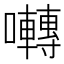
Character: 囀